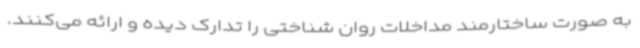
به صورت ساختارمند مداخلات روان شناختی را تدارک دیده و ارائه می‌کنند.